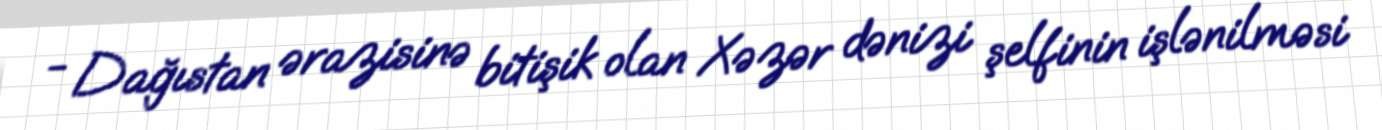
- Dağıstan ərazisinə bitişik olan Xəzər dənizi şelfinin işlənilməsi